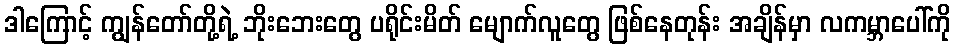
ဒါကြောင့် ကျွန်တော်တို့ရဲ့ ဘိုးဘေးတွေ ပရိုင်းမိတ် မျောက်လူတွေ ဖြစ်နေတုန်း အချိန်မှာ လကမ္ဘာပေါ်ကို